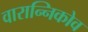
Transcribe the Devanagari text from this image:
वारान्निकोव